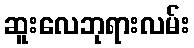
ဆူးလေဘုရားလမ်း